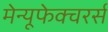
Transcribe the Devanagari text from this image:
मेन्यूफेक्चरर्स